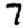
Digit: 7